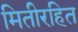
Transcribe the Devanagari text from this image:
मितीरहित